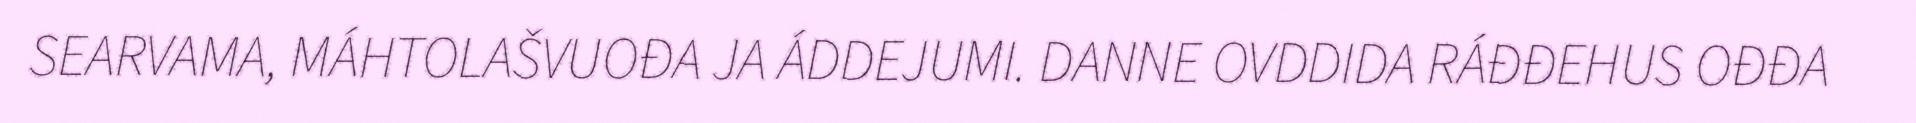
SEARVAMA, MÁHTOLAŠVUOĐA JA ÁDDEJUMI. DANNE OVDDIDA RÁĐĐEHUS OĐĐA